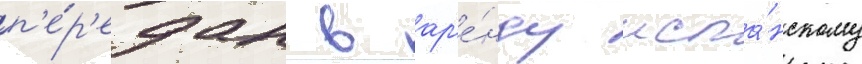
п'е́р'едан в ар'е́нду испа́нскому